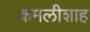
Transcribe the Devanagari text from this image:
कमलीशाह